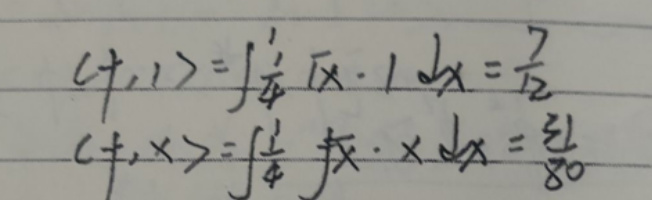
\[
\begin{align*}
\langle f, 1\rangle&=\int_{\frac{1}{4}}^{1}\sqrt{x}\cdot 1\mathrm{d}x=\frac{7}{12}\\
\langle f, x\rangle&=\int_{\frac{1}{4}}^{1}\sqrt{x}\cdot x\mathrm{d}x=\frac{31}{80}
\end{align*}
\]